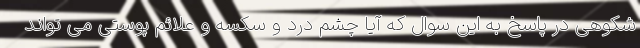
شکوهی در پاسخ به این سوال که آیا چشم درد و سکسه و علائم پوستی می تواند